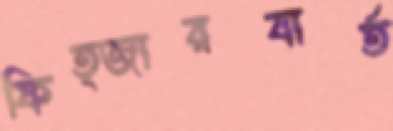
ফিত্জারবার্ত